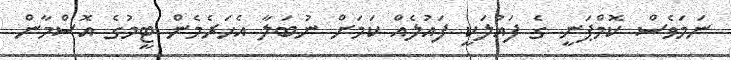
ނަމަވެސް ކޮމްޕަނީ ގެ ފައުލަކީ ފައުލެއް ކަމަށް ނުބަލާ އެހަރެމެން ޓީމުގެ އޮސްމާން